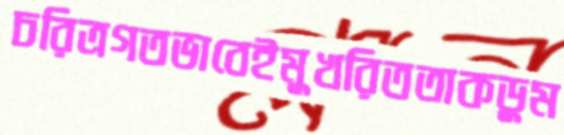
চরিত্রগতভাবেইমুখরিততাকডুম